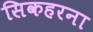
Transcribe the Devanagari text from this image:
सिकहरना